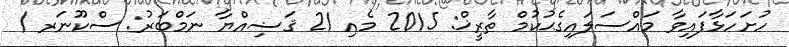
ހުށަހަޅާފައިވާ މައްސަލައިގެޙުކުމް ތާރީޚް: 2015 މެއި 21 ޤަޟިއްޔާ ނަމްބަރު: ސްކޫނަރ /